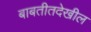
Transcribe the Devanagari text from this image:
बाबतीतदेखील